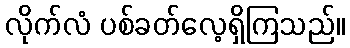
လိုက်လံ ပစ်ခတ်လေ့ရှိကြသည်။